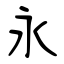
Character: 永